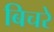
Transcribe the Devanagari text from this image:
बिचरे